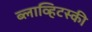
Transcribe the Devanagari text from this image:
ब्लाव्हिटस्‍की